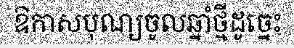
ឱកាសបុណ្យចូលឆ្នាំថ្មីដូច្នេះ